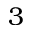
3